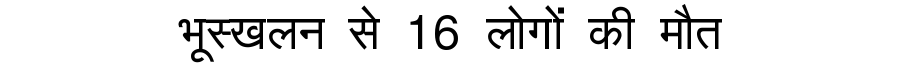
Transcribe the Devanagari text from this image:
भूस्खलन से 16 लोगों की मौत